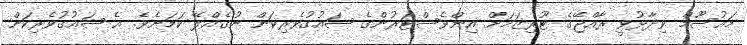
މައުސޫމް ވިދާޅުވީ ރާއްޖޭގެ ޓޫރިޒަމަށް އިންވެސްޓަރުންގެ ޝައުގުވެރިކަން ނުގެއްލޭ ކަމަށެވެ. އެ ޝައުގުވެރިކަން